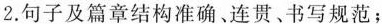
2.句子及篇章结构准确、连贯、书写规范；